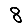
Digit: 8